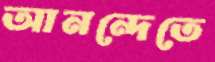
আনন্দেতে